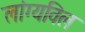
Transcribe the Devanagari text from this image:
लांग्यविल